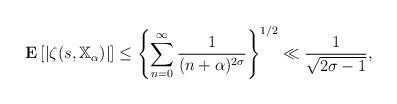
LaTeX: \begin{gather*}\mathbf{E} \left[|\zeta(s,\mathbb{X}_\alpha)|\right]\leq \left\{\sum_{n=0}^{\infty} \frac{1}{(n+\alpha)^{2\sigma}} \right\}^{1/2}\ll \frac{1}{\sqrt{2\sigma-1}}, \end{gather*}